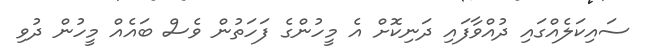
ސައިކަލެއްގައި ދުއްވާފައި ދަނިކޮށް އެ މީހުންގެ ފަހަތުން ވެސް ބައެއް މީހުން ދުވި